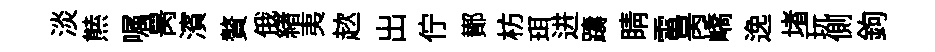
淡㷱嘱昺濱贅俄緖夷趑出佇鄼枋珥进躊睛電昺嶠𨓜堵玩側鉤